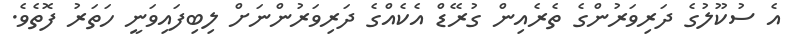
އެ ސުކޫލުގެ ދަރިވަރުންގެ ތެރެއިން ގުރޭޑް އެކެއްގެ ދަރިވަރުންނަށް ލިބިފައިވަނީ ހަތަރު ފޮތެވެ.